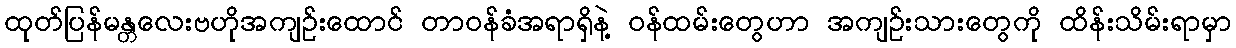
ထုတ်ပြန်မန္တလေးဗဟိုအကျဉ်းထောင် တာဝန်ခံအရာရှိနဲ့ ဝန်ထမ်းတွေဟာ အကျဉ်းသားတွေကို ထိန်းသိမ်းရာမှာ